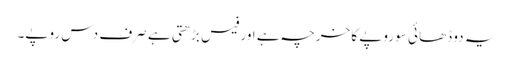
یہ دو ڈھائی سو روپے کا خرچہ ہے اور فیس بڑھتی ہے صرف دس روپے۔